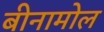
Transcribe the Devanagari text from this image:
बीनामोल